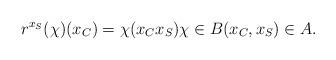
LaTeX: \begin{align*}r^{x_S}(\chi)(x_C)=\chi(x_Cx_S)\chi\in B(x_C,x_S)\in A.\end{align*}